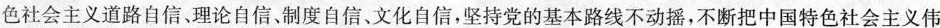
色社会主义道路自信、理论自信，制度自信、文化自信，坚持党的基本路线不动摇，不断把中国特色社会主义伟